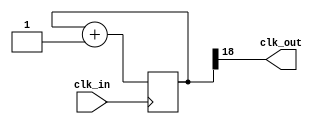
`timescale 1ns / 1ps

// DIVIDES CLK BY 2^(divide_by)
// CLK=5 MHz (usually)
module clk_div
    #(
    parameter divide_by=19
    )
    (
    input clk_in,
    output clk_out
    );
    reg [divide_by-1:0] count=0;
    
    always@(posedge clk_in)
    begin
        count=count+1;
    end
    
    assign clk_out=count[divide_by-1];
endmodule